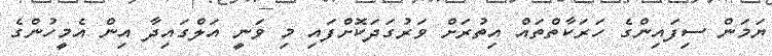
ޔަމަން ސިފައިންގެ ހަރަކާތްތައް އިތުރަށް ވަރުގަދަކޮށްފައި މި ވަނީ އަލްގައިދާ އިން އެމީހުންގެ